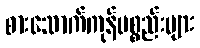
စားသောက်ကုန်ပစ္စည်းများ